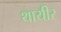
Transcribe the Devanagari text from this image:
थायीर